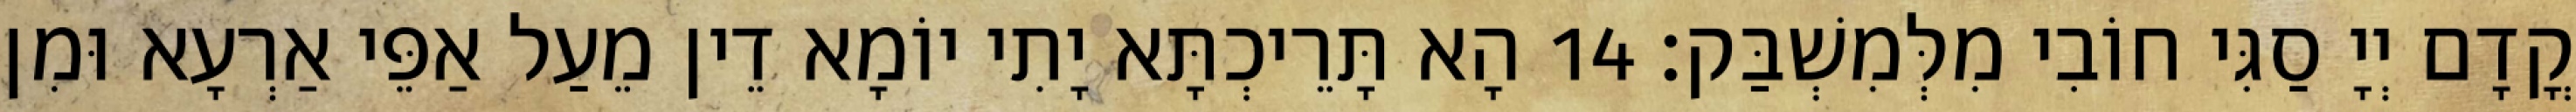
קֳדָם יְיָ סַגִּי חוֹבִי מִלְּמִשְׁבַּק׃ 14 הָא תָּרֵיכְתָּא יָתִי יוֹמָא דֵין מֵעַל אַפֵּי אַרְעָא וּמִן